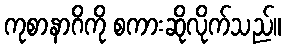
ကုစာနာဂိကို စကားဆိုလိုက်သည်။